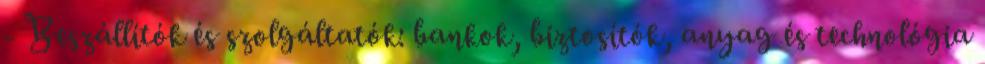
- Beszállítók és szolgáltatók: bankok, biztosítók, anyag és technológia